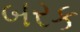
બરક